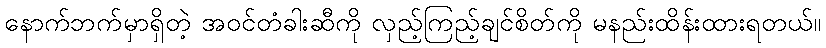
နောက်ဘက်မှာရှိတဲ့ အဝင်တံခါးဆီကို လှည့်ကြည့်ချင်စိတ်ကို မနည်းထိန်းထားရတယ်။